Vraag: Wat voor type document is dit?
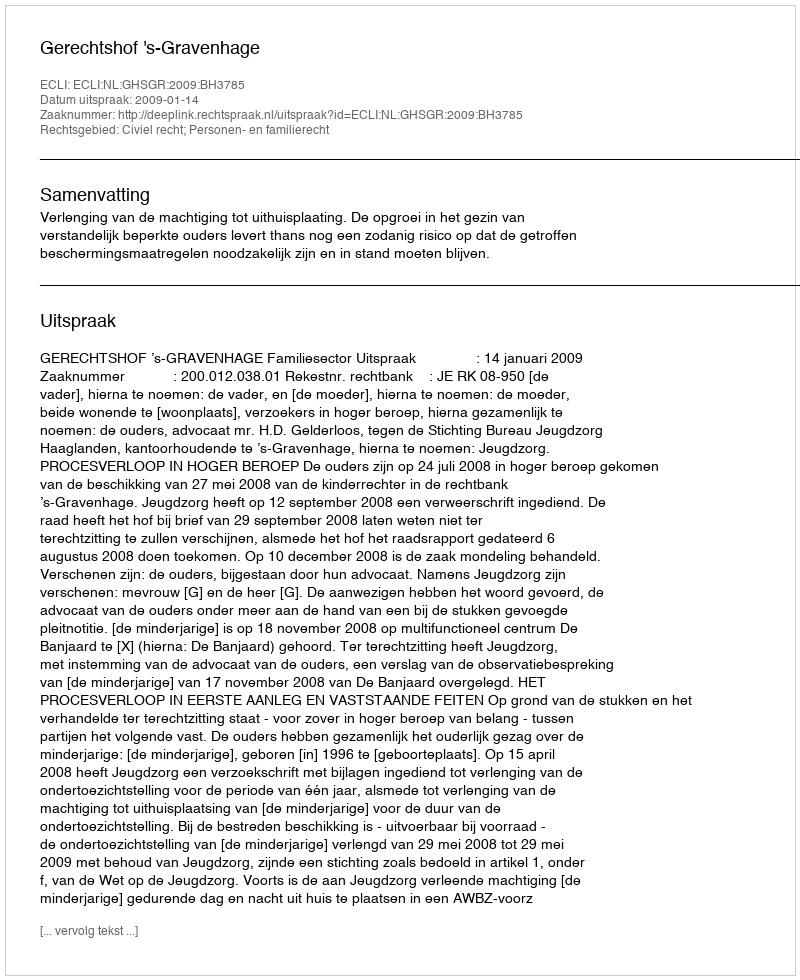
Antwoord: Uitspraak